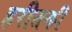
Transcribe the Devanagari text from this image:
हरीतकीं